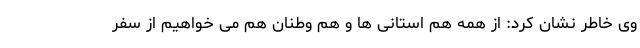
وی خاطر نشان کرد: از همه هم استانی ها و هم وطنان هم می خواهیم از سفر